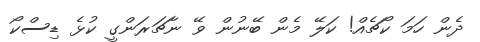
ދެން ހަމަ ކޯޗެއް! ކަލޭ މެން ބޭނުން ވޭ ނާޗަރަންގީ ކުޅެ ޑިސްކޯ